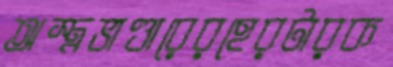
অস্ত্রভাণ্ডারেরহেরটারক